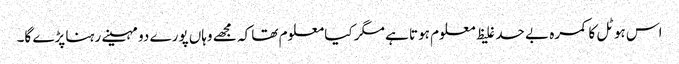
اس ہوٹل کا کمرہ بے حد غلیظ معلوم ہوتا ہے مگر کیا معلوم تھا کہ مجھے وہاں پورے دو مہینے رہنا پڑے گا۔